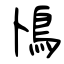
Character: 鳪